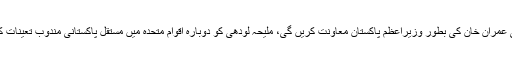
ملیحہ لودھی عمران خان کی بطور وزیراعظم پاکستان معاونت کریں گی، ملیحہ لودھی کو دوبارہ اقوام متحدہ میں مستقل پاکستانی مندوب تعینات کیا جائے گا۔